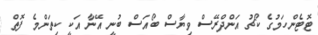
ޓޮޓެންހަމުގެ ކޯޗު އަންދްރޭސް ވިޔާސް ބޯއަސް ބުނީ އޭނާ އަކީ ކިތަންމެ ފޮތް